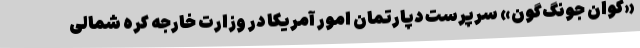
«کوان جونگ‌گون» سرپرست دپارتمان امور آمریکا در وزارت خارجه کره شمالی